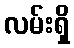
လမ်းရှိ